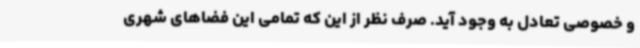
و خصوصی تعادل به وجود آید. صرف‌ نظر از این که تمامی این فضاهای شهری